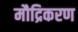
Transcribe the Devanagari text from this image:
मौद्रिकरण